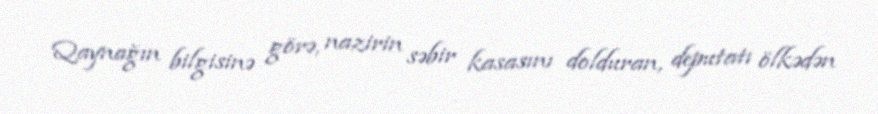
Qaynağın bilgisinə görə, nazirin səbir kasasını dolduran, deputatı ölkədən